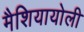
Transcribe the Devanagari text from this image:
मैशियायोली